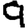
Digit: 9